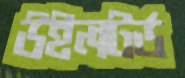
উইলটর্ড